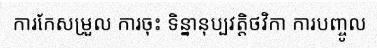
ការកែសម្រួល ការចុះ ទិន្នានុប្បវត្តិថវិកា ការបញ្ចូល